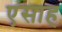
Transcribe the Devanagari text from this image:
एसाह